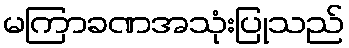
မကြာခဏအသုံးပြုသည်